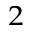
^ { 2 }